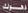
دهوك